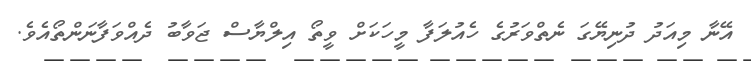
އޭނާ މިއަދު ދުނިޔޭގަ ނެތްވަރުގެ ހެއުލަފާ މީހަކަށް ވީތޯ އިލްޔާސް ޖަވާބު ދެއްވަފާނަންތޯއެވެ.